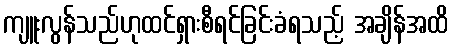
ကျူးလွန်သည်ဟုထင်ရှားစီရင်ခြင်းခံရသည့် အချိန်အထိ